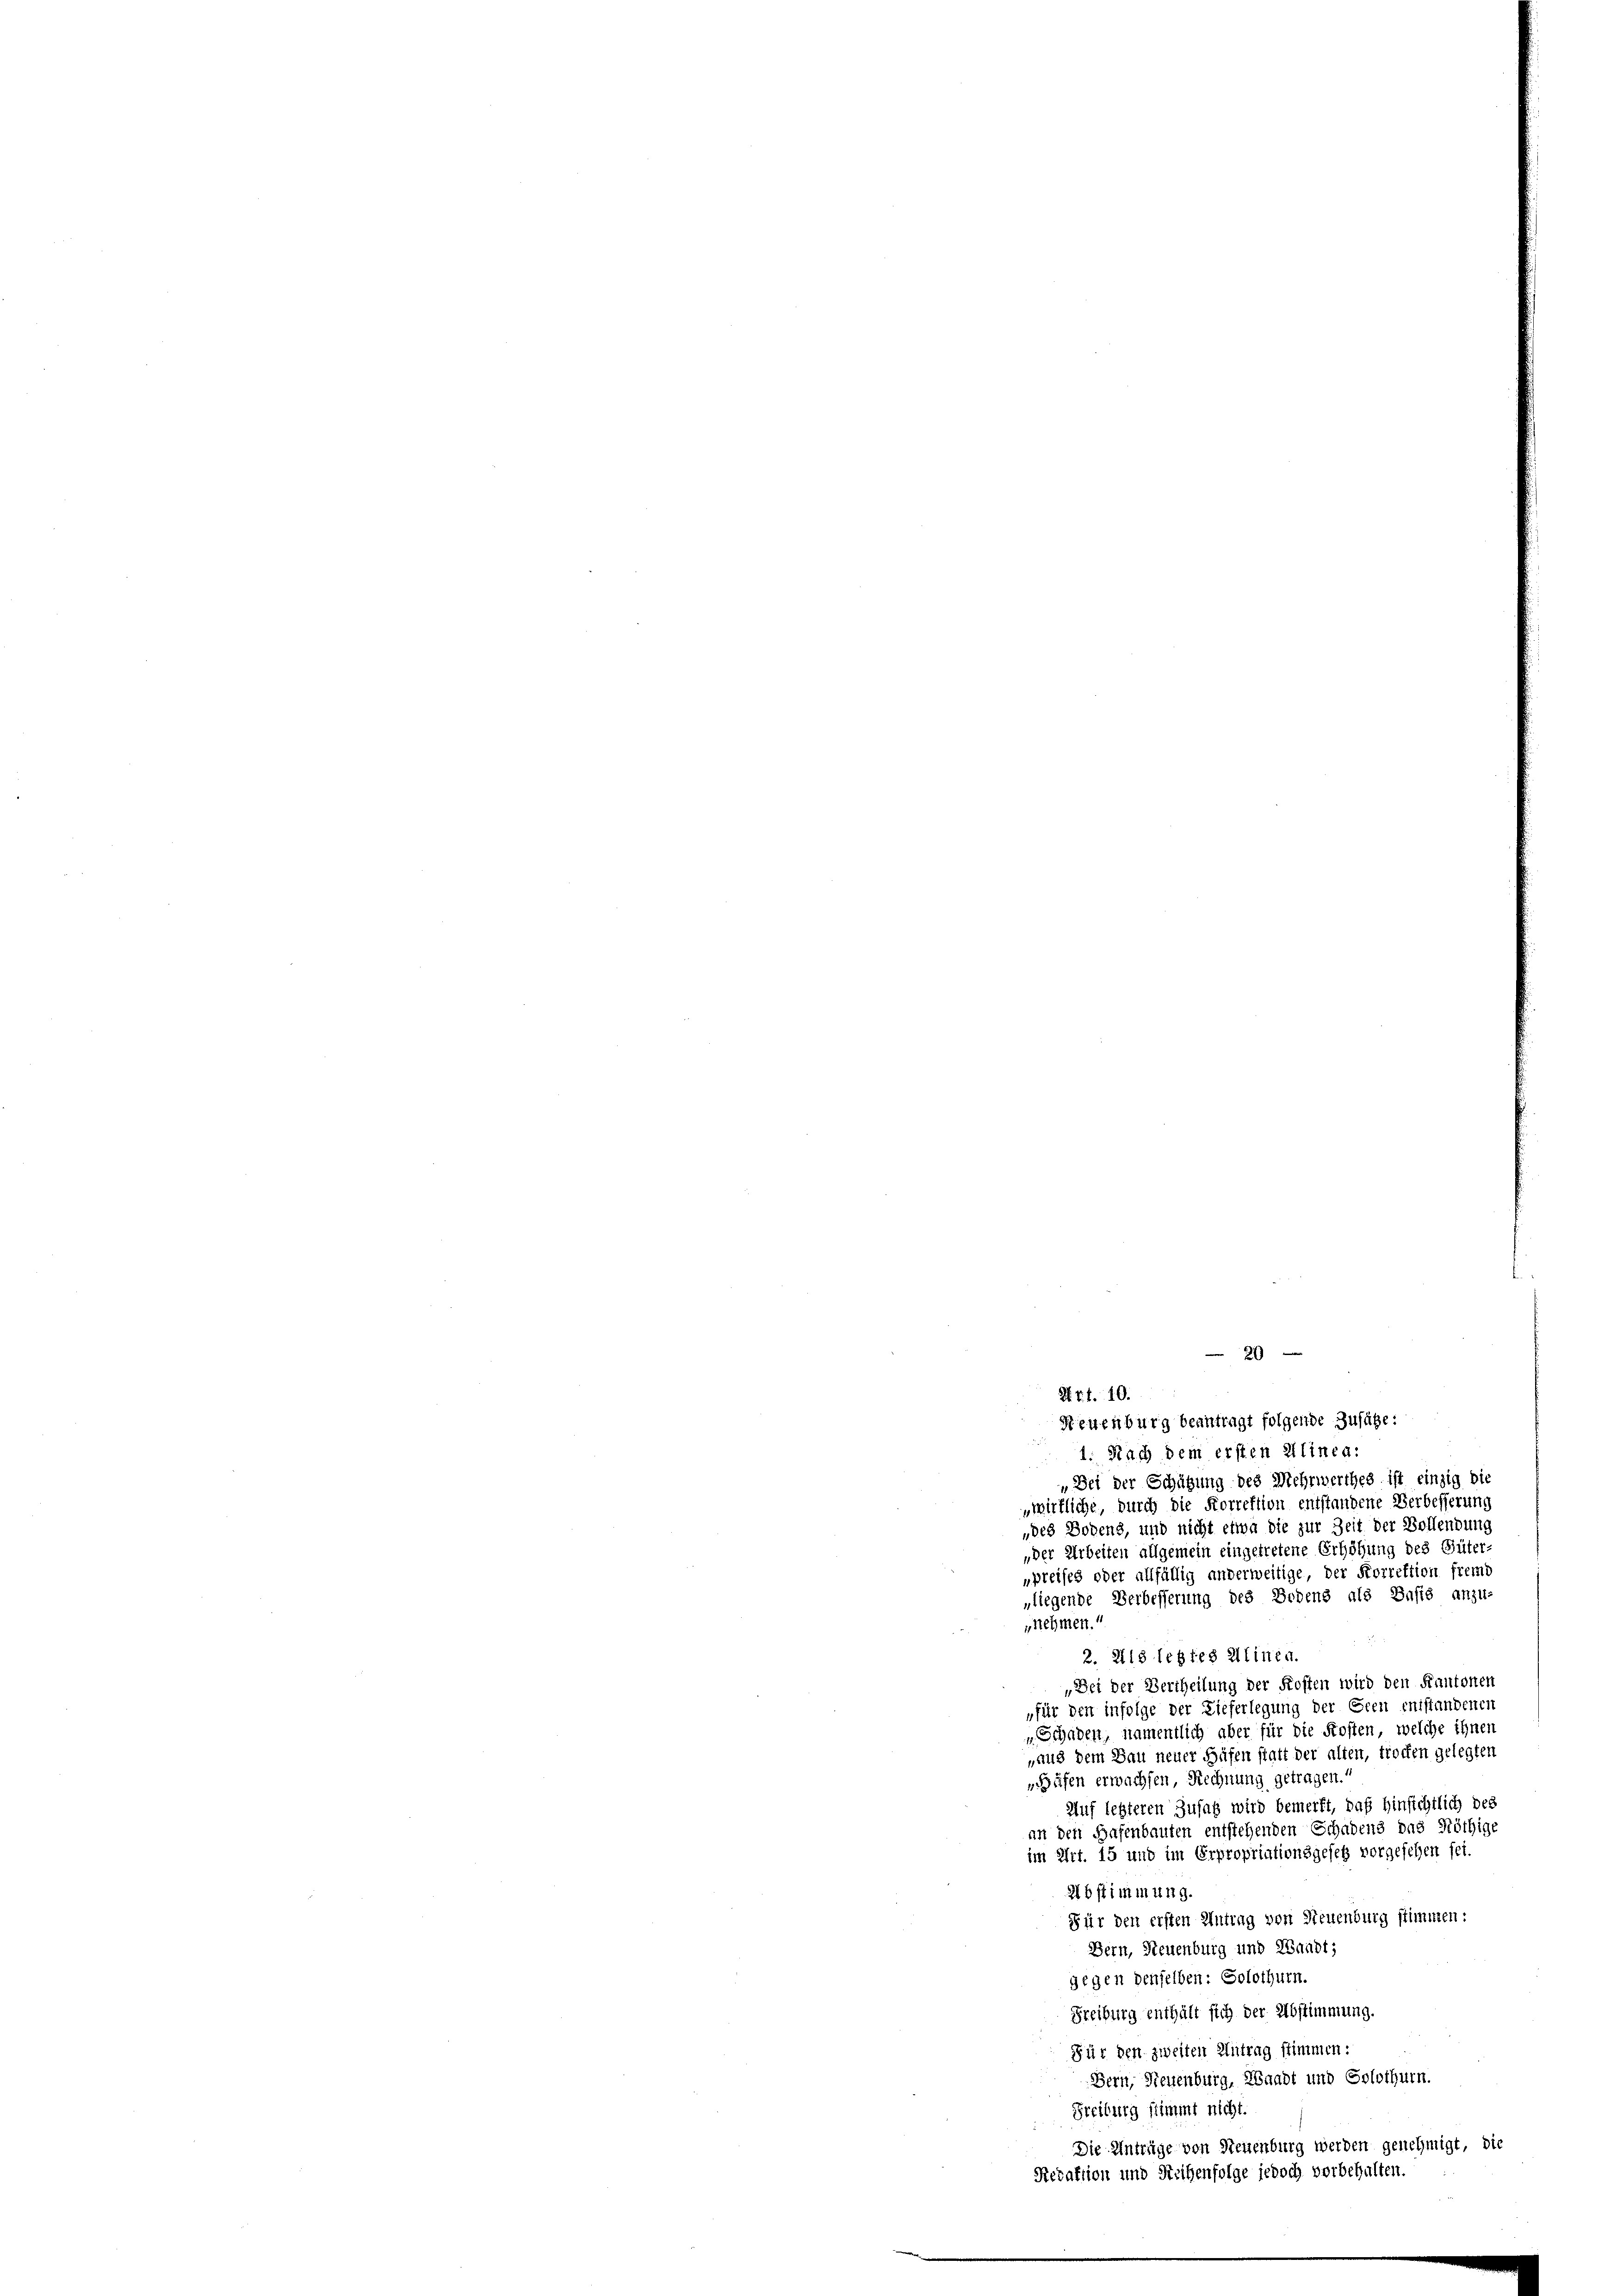
K. Z. f. 10.
Neuenburg beantragt folgende Zufähe:
1. Nach dem ersten Alinea:
„Bei der Schätzung des Mehrwerthes ist einzig die
wirkliche, durch die Forrektion entstandene Verbesserung
„des Bodens, und nicht etwa die zur Zeit der Vollendung
„der Arbeiten allgemein eingetretene Erhöhung des Güter-
„preises oder allfällig anderweitige, der Forrektion fremd
„liegende Verbesserung des Bodens als Basis anzu-
nehmen.

2. 218 legtes Alinen.
„Bei der Vertheilung der Kosten wird den Kantonen
„für den infolge der Lieferlegung der Seen entstandenen
„Schaden, namentlich aber für die Kosten, welche ihner
„und dem Bau neuer Büfen statt der alten, trocken gelegten
Gifen erwachsen, Rechnung getragen.
Auf letzteren Zusatz wird bemerkt, daß hinsichtlich der
an den Hafenbauten entstehenden Schadens das Nöthige
im Art. 15 und im Erpropriationsgesetz vorgesehen sei.
2bstimmung.
Für den ersten Antrag von Neuenburg stimmen:
Bern, Steuenburg und Waadt,
gegen denselben: Solothurn.
Freiburg enthält sich der Abstimmung.
Für den zweiten Antrag stimmen:
Bern, Neuenburg, Waadt und Solothurn.
Freiburg stimmt nicht.
Die Anträge von Neuenburg werden genehmigt, die
Redaktion und Steihenfolge jedoch vorbehalten.
e